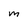
Character: M